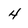
Character: 4